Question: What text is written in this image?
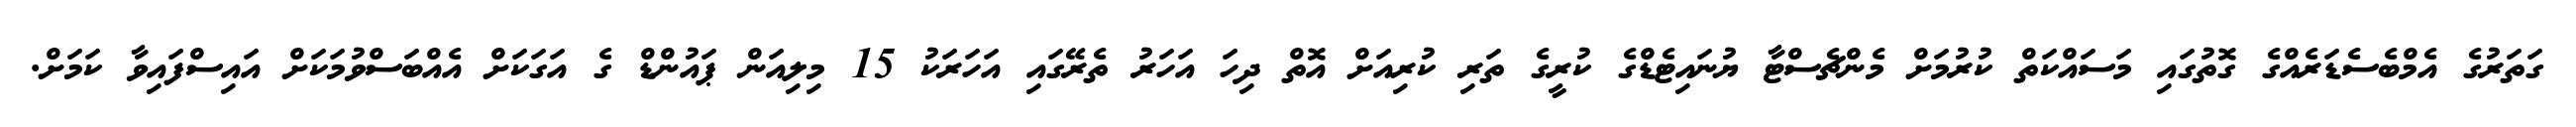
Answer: ގަތަރުގެ އެމްބެސެޑަރެއްގެ ގޮތުގައި މަސައްކަތް ކުރުމަށް މެންޗެސްޓާ ޔުނައިޓެޑްގެ ކުރީގެ ތަރި ކުރިއަށް އޮތް ދިހަ އަހަރު ތެރޭގައި އަހަރަކު 15 މިލިއަން ޕައުންޑް ގެ އަގަކަށް އެއްބަސްވުމަކަށް އައިސްފައިވާ ކަމަށް.